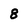
Character: 8